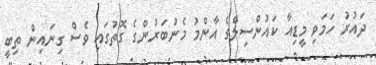
ދައުރު ހަމަވި މީޑިއާ ކައުންސިލްގެ އާންމު މެންބަރުންގެ ގޮތުގައި ވެސް ގިނައިން ތިބީ